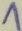
Text: 1